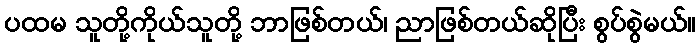
ပထမ သူတို့ကိုယ်သူတို့ ဘာဖြစ်တယ်၊ ညာဖြစ်တယ်ဆိုပြီး စွပ်စွဲမယ်။